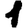
Digit: 1